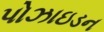
પોઝાઇડન